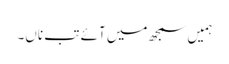
ہمیں سمجھ میں آئے تب ناں۔